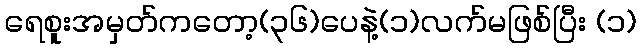
ရေစူးအမှတ်ကတော့(၃၆)ပေနဲ့(၁)လက်မဖြစ်ပြီး (၁)